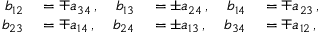
\begin{array} { r l r l r l } { b _ { 1 2 } } & { { } = \mp a _ { 3 4 } \, , } & { b _ { 1 3 } } & { { } = \pm a _ { 2 4 } \, , } & { b _ { 1 4 } } & { { } = \mp a _ { 2 3 } \, , } \\ { b _ { 2 3 } } & { { } = \mp a _ { 1 4 } \, , } & { b _ { 2 4 } } & { { } = \pm a _ { 1 3 } \, , } & { b _ { 3 4 } } & { { } = \mp a _ { 1 2 } \, , } \end{array}